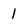
Character: 1